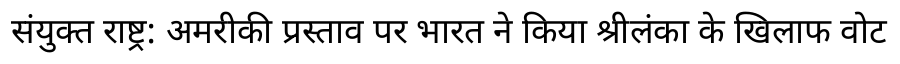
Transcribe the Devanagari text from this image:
संयुक्त राष्ट्र: अमरीकी प्रस्ताव पर भारत ने किया श्रीलंका के खिलाफ वोट